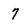
Character: 7